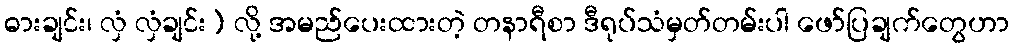
ဓားချင်း၊ လှံ လှံချင်း) လို့ အမည်ပေးထားတဲ့ တနာရီစာ ဒီရုပ်သံမှတ်တမ်းပါ ဖော်ပြချက်တွေဟာ